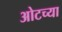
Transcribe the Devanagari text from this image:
ओटच्या